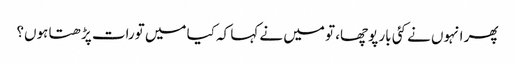
پھر انہوں نے کئی بار پوچھا، تو میں نے کہا کہ کیا میں تورات پڑھتا ہوں؟